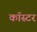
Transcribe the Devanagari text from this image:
कॉस्टर